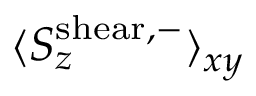
\langle S _ { z } ^ { \mathrm { s h e a r , - } } \rangle _ { x y }